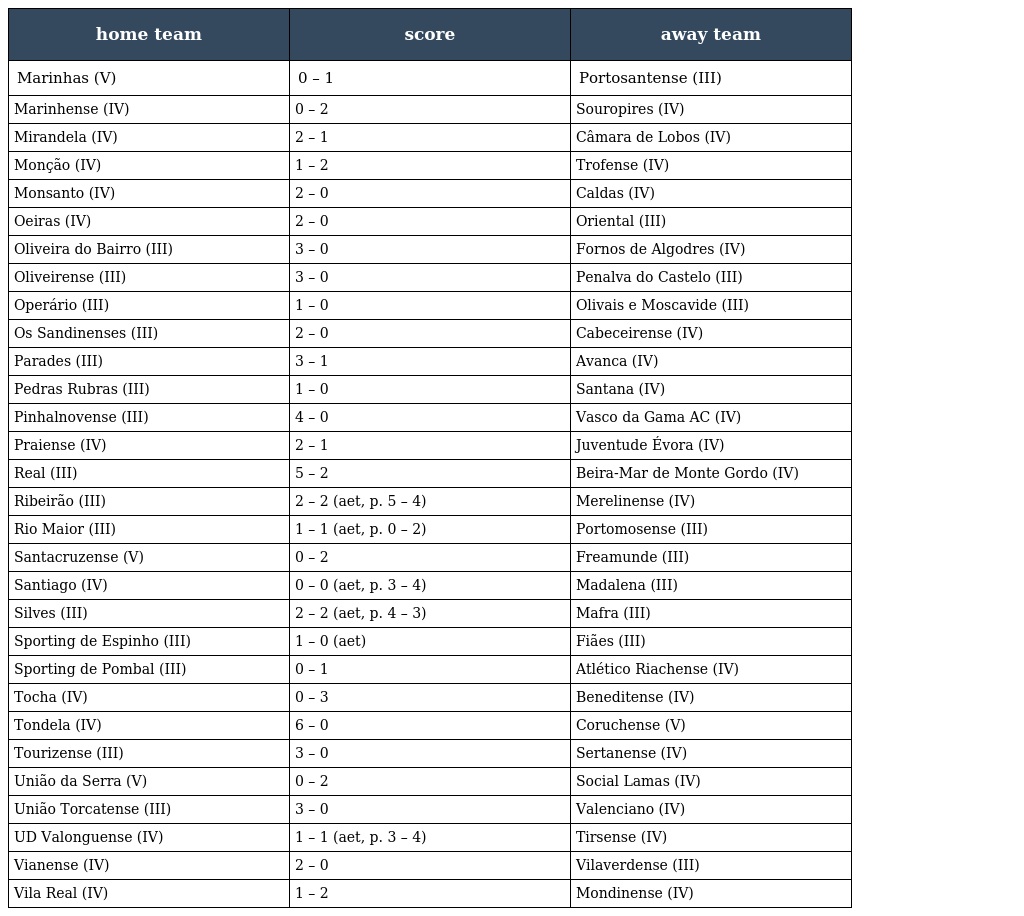
| home team | score | away team |
 | --- | --- | --- |
 | Marinhas (V) | 0 – 1 | Portosantense (III) |
 | Marinhense (IV) | 0 – 2 | Souropires (IV) |
 | Mirandela (IV) | 2 – 1 | Câmara de Lobos (IV) |
 | Monção (IV) | 1 – 2 | Trofense (IV) |
 | Monsanto (IV) | 2 – 0 | Caldas (IV) |
 | Oeiras (IV) | 2 – 0 | Oriental (III) |
 | Oliveira do Bairro (III) | 3 – 0 | Fornos de Algodres (IV) |
 | Oliveirense (III) | 3 – 0 | Penalva do Castelo (III) |
 | Operário (III) | 1 – 0 | Olivais e Moscavide (III) |
 | Os Sandinenses (III) | 2 – 0 | Cabeceirense (IV) |
 | Parades (III) | 3 – 1 | Avanca (IV) |
 | Pedras Rubras (III) | 1 – 0 | Santana (IV) |
 | Pinhalnovense (III) | 4 – 0 | Vasco da Gama AC (IV) |
 | Praiense (IV) | 2 – 1 | Juventude Évora (IV) |
 | Real (III) | 5 – 2 | Beira-Mar de Monte Gordo (IV) |
 | Ribeirão (III) | 2 – 2 (aet, p. 5 – 4) | Merelinense (IV) |
 | Rio Maior (III) | 1 – 1 (aet, p. 0 – 2) | Portomosense (III) |
 | Santacruzense (V) | 0 – 2 | Freamunde (III) |
 | Santiago (IV) | 0 – 0 (aet, p. 3 – 4) | Madalena (III) |
 | Silves (III) | 2 – 2 (aet, p. 4 – 3) | Mafra (III) |
 | Sporting de Espinho (III) | 1 – 0 (aet) | Fiães (III) |
 | Sporting de Pombal (III) | 0 – 1 | Atlético Riachense (IV) |
 | Tocha (IV) | 0 – 3 | Beneditense (IV) |
 | Tondela (IV) | 6 – 0 | Coruchense (V) |
 | Tourizense (III) | 3 – 0 | Sertanense (IV) |
 | União da Serra (V) | 0 – 2 | Social Lamas (IV) |
 | União Torcatense (III) | 3 – 0 | Valenciano (IV) |
 | UD Valonguense (IV) | 1 – 1 (aet, p. 3 – 4) | Tirsense (IV) |
 | Vianense (IV) | 2 – 0 | Vilaverdense (III) |
 | Vila Real (IV) | 1 – 2 | Mondinense (IV) |